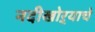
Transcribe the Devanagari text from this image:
नदीखोऱ्याचे